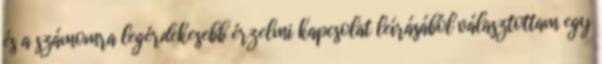
és a számomra legérdekesebb érzelmi kapcsolat leírásából választottam egy